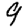
Digit: 9